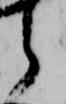
ら